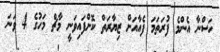
ހަސްނާ އެންމެ ފުރަތަމަ ފެއާއަށް ޒިޔާރަތް ކޮށްފައިވަނީ މާޗް މަހުގެ 4 ވަނަ